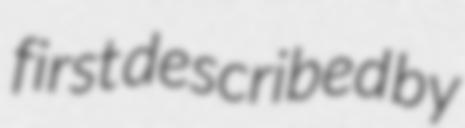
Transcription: first described by